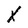
Character: X